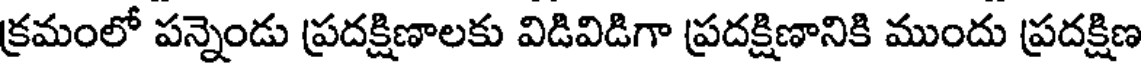
క్రమంలో పన్నెండు ప్రదక్షిణాలకు విడివిడిగా ప్రదక్షిణానికి ముందు ప్రదక్షిణ